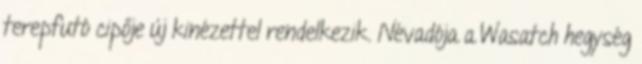
terepfutó cipője új kinézettel rendelkezik. Névadója a Wasatch hegység